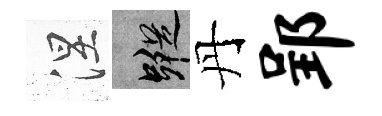
涅蹤丹郢